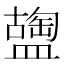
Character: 𥂩